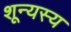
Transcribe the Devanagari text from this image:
शून्यस्य